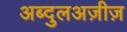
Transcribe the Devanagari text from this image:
अब्दुलअज़ीज़